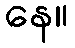
နေ။